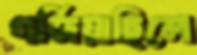
গর্জিয়াছিলে